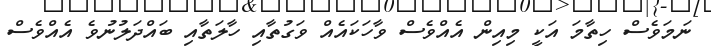
ނަމަވެސް ހިތާމަ އަކީ މިއިން އެއްވެސް ވާހަކައެއް ވަގުތާއި ހާލަތާއި ބައްދަލުނުވެ އެއްވެސް